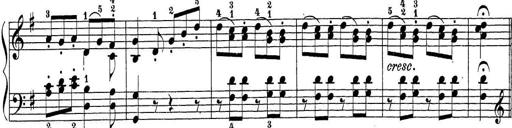
Title: Sonatina Album
Composer: Louis KÃ¶hler